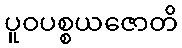
ပူဝပစ္စယဇောတိ